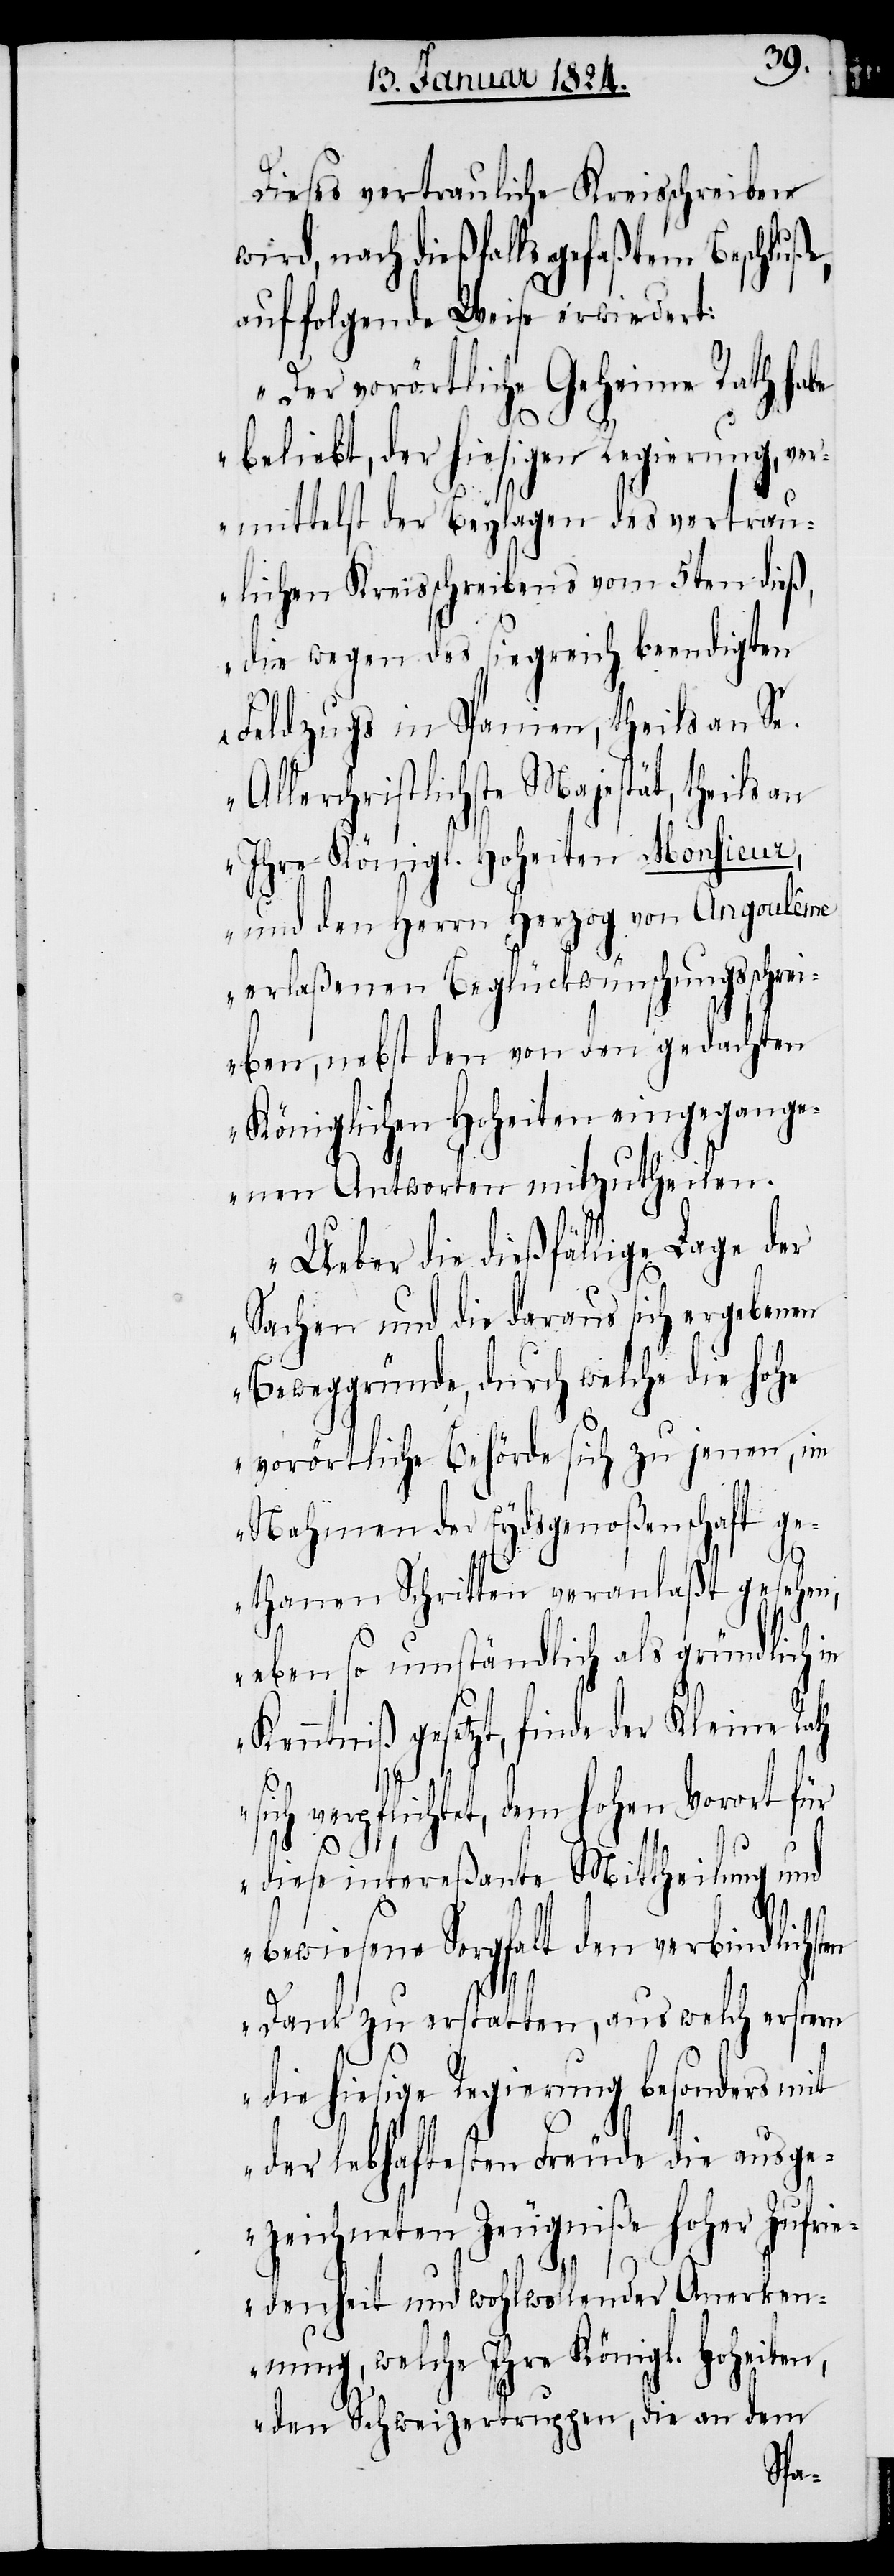
Dieses vertrauliche Kreisschreiben
wird, nach dießfalls gefaßtem Beschluße,
auf folgende Weise erwiedert:
„Der vorörtliche Geheime Rath habe
beliebt, der hiesigen Regierung, ver¬
mittelst der Beylagen des vertrau¬
lichen Kreisschreibens vom 5ten dieß,
die wegen des siegreich beendigten
Feldzugs in Spanien, theils an Se.
Allerchristlichste Majestät, theils an
Ihre Königl. Hoheiten Monsieur,
und den Herrn Herzog von Angoulême
erlaßenen Beglückwünschungsschrei¬
ben, nebst den von den gedachten
Königlichen Hoheiten eingegange¬
nen Antworten mitzutheilen.
Ueber die dießfällige Lage der
Sachen und die daraus sich ergebenen
Beweggründe, durch welche die hohe
vorörtliche Behörde sich zu jenen, im
Nahmen der Eydsgenoßenschaft ge¬
thanen Schritten veranlaßt gesehen,
ebenso umständlich als gründlich in
Kenntniß gesetzt, finde der Kleine Rath
sich verpflichtet, dem hohen Vorort für
diese intereßante Mittheilung und
bewiesene Sorgfalt den verbindlichst¬
en
Dank zu erstatten, aus welch erstern
die hiesige Regierung besonders mit
der lebhaftesten Freude die ausge¬
zeichneten Zeugniße hoher Zufrie¬
denheit und wohlwollender Anerken¬
nung, welche Ihre Königl. Hoheiten,
den Schweizertruppen, die an dem